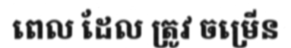
ពេល ដែល ត្រូវ ចម្រើន